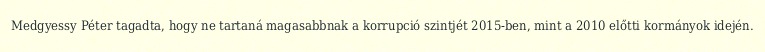
Medgyessy Péter tagadta, hogy ne tartaná magasabbnak a korrupció szintjét 2015-ben, mint a 2010 előtti kormányok idején.